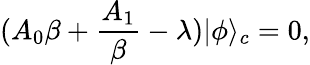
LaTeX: (A_{0}\beta+\frac{A_{1}}{\beta}-\lambda)|\phi\rangle_{c}=0,